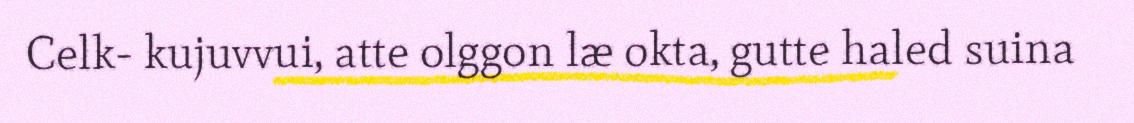
Celk- kujuvvui, atte olggon læ okta, gutte haled suina